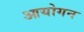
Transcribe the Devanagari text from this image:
आयोगन